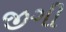
જીગી